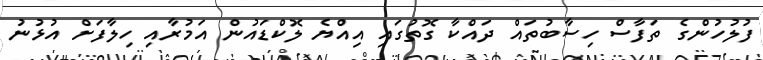
ފުލުހުންގެ ތަފާސް ހިސާބުތައް ދައްކާ ގޮތުގައި އިއްޔެ ލޮކްޑައުން އަމުރާއި ހިލާފަށް އުޅުނު